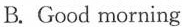
B.Good morning